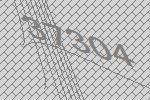
37304